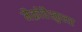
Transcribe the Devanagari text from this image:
मैक्रोवैस्कुलर